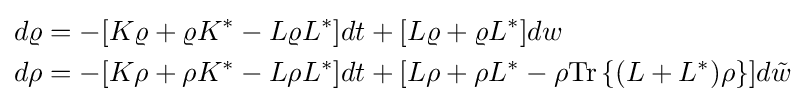
{\begin{aligned}d\varrho &=-[K\varrho +\varrho K^{\ast }-L\varrho L^{\ast }]dt+[L\varrho +\varrho L^{\ast }]dw\\d\rho &=-[K\rho +\rho K^{\ast }-L\rho L^{\ast }]dt+[L\rho +\rho L^{\ast }-\rho \mathrm {Tr} \left\{(L+L^{\ast })\rho \right\}]d{\tilde {w}}\end{aligned}}